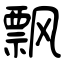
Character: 飘